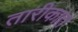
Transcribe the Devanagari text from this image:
तारीकात